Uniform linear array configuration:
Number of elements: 16
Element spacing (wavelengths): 0.75
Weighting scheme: hann
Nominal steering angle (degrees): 0
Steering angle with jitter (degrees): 0.8851
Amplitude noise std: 0.05
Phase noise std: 0.05

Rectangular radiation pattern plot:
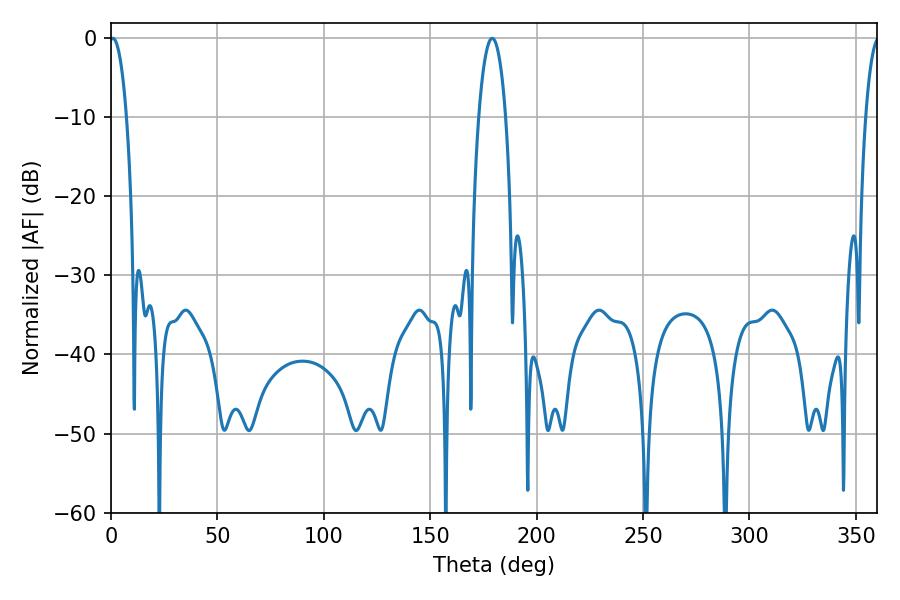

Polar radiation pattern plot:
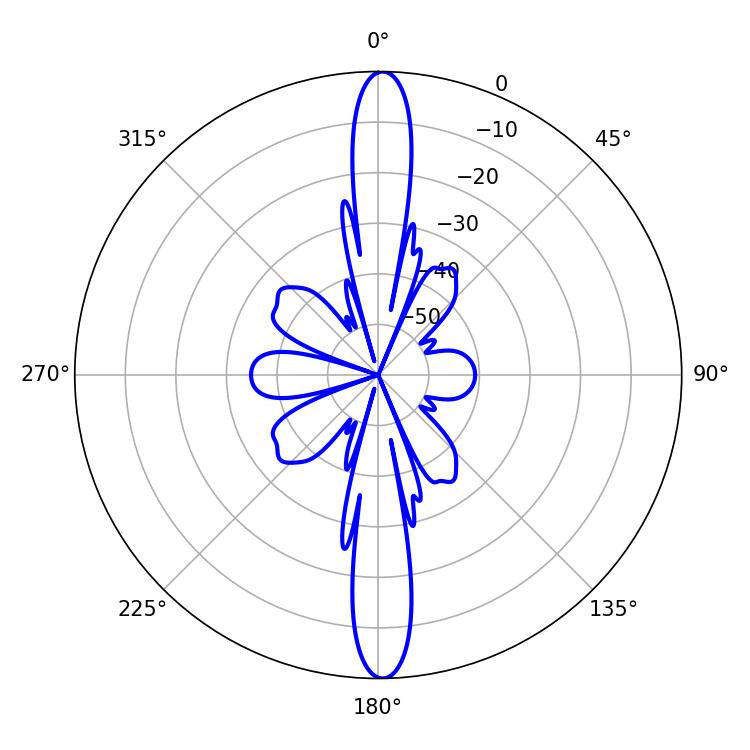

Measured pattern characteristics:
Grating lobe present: TRUE
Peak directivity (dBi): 27.036
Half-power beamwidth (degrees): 4.5
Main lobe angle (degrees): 0.9